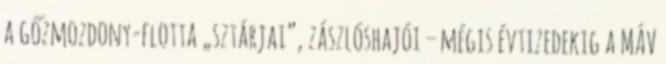
a gőzmozdony-flotta „sztárjai”, zászlóshajói – mégis évtizedekig a MÁV